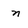
Character: n